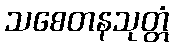
သစေတနသုတ္တံ